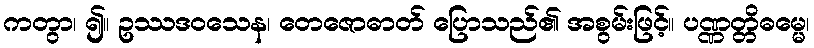
ကတွာ၊ ၍။ ဥဿဒဝသေန၊ တေဇောဓာတ် ပြောသည်၏ အစွမ်းဖြင့်။ ပဏ္ဏတ္တိဓမ္မေ၊